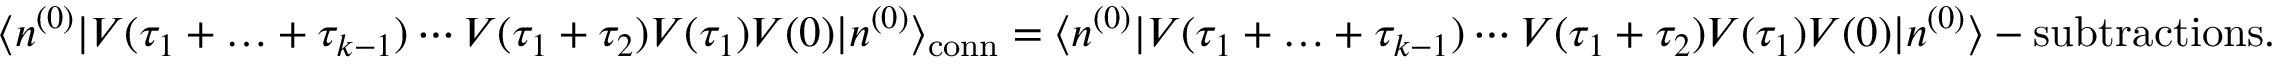
\langle n ^ { ( 0 ) } | V ( \tau _ { 1 } + \ldots + \tau _ { k - 1 } ) \dotsm V ( \tau _ { 1 } + \tau _ { 2 } ) V ( \tau _ { 1 } ) V ( 0 ) | n ^ { ( 0 ) } \rangle _ { \mathrm { c o n n } } = \langle n ^ { ( 0 ) } | V ( \tau _ { 1 } + \ldots + \tau _ { k - 1 } ) \dotsm V ( \tau _ { 1 } + \tau _ { 2 } ) V ( \tau _ { 1 } ) V ( 0 ) | n ^ { ( 0 ) } \rangle - { \mathrm { s u b t r a c t i o n s } } .